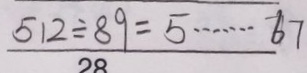
\frac { 5 1 2 \div 8 9 = 5 \cdots 6 7 } { 2 8 }